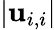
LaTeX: |\mathbf{u}_{i,i}|